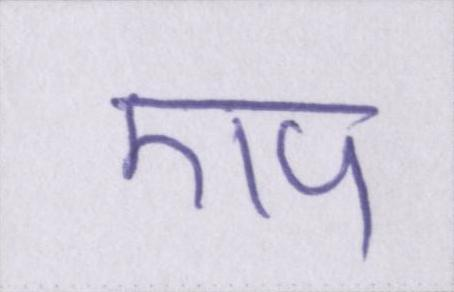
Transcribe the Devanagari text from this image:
एप